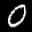
Label: 0